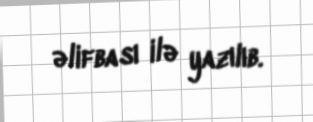
əlifbası ilə yazılıb.